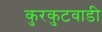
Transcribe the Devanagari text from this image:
कुरकुटवाडी